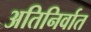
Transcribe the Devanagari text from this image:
अतिनिर्वात